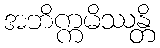
အဘိက္ကမိဿန္တိ